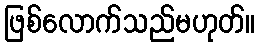
ဖြစ်လောက်သည်မဟုတ်။